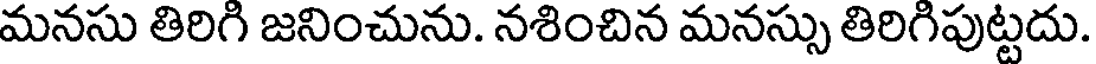
మనసు తిరిగి జనించును. నశించిన మనస్సు తిరిగిపుట్టదు.